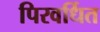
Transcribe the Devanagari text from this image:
पिरवर्धित